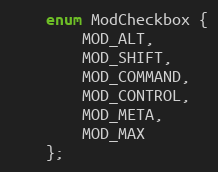
Language: C
	enum ModCheckbox {
		MOD_ALT,
		MOD_SHIFT,
		MOD_COMMAND,
		MOD_CONTROL,
		MOD_META,
		MOD_MAX
	};